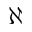
\aleph